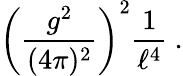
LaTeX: \left({\frac{g^{2}}{(4\pi)^{2}}}\right)^{2}{\frac{1}{\ell^{4}}}\ .